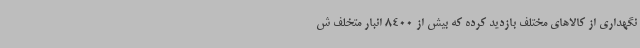
نگهداری از کالاهای مختلف بازدید کرده که بیش از 8400 انبار متخلف ش